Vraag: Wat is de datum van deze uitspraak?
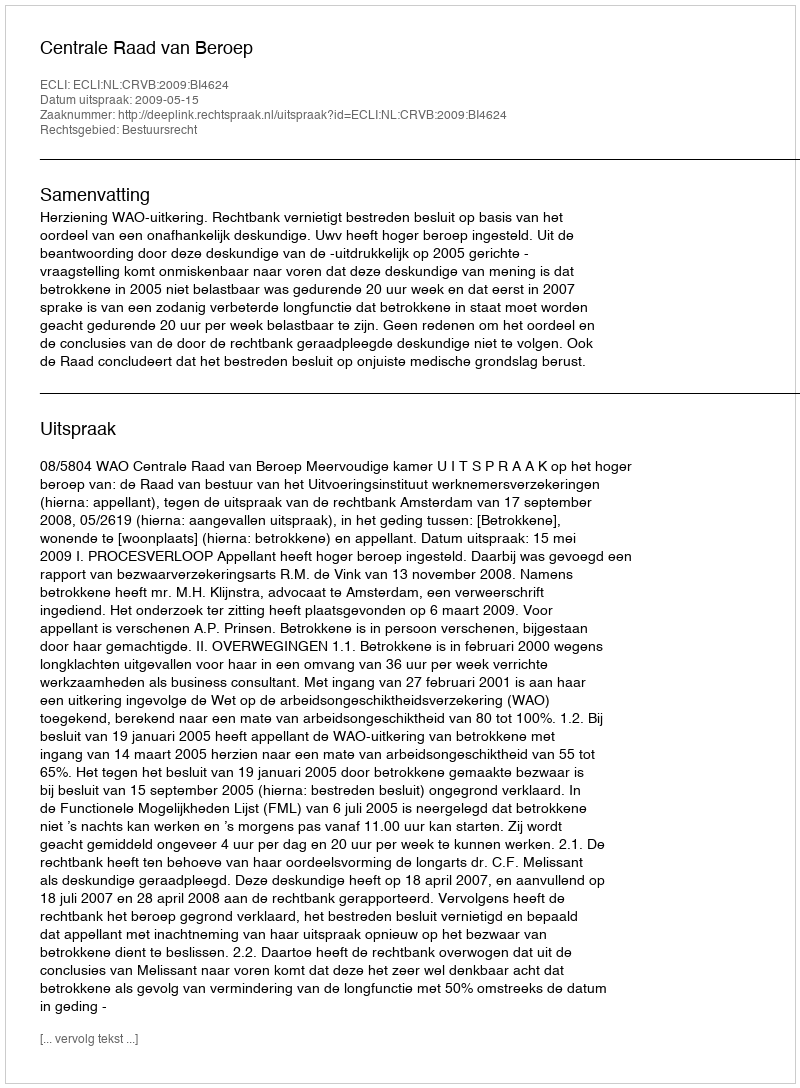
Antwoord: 2009-05-15